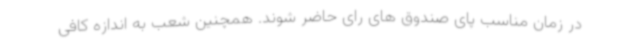
در زمان مناسب پای صندوق های رای حاضر شوند. همچنین شعب به اندازه کافی